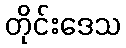
တိုင်းဒေသ